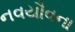
નવયૌવના